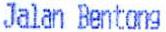
JALAN BENTONG